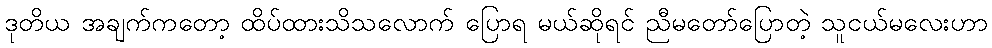
ဒုတိယ အချက်ကတော့ ထိပ်ထားသိသလောက် ပြောရ မယ်ဆိုရင် ညီမတော်ပြောတဲ့ သူငယ်မလေးဟာ